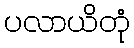
ပလာယိတုံ